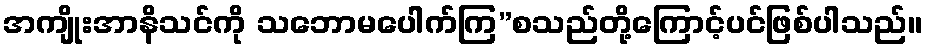
အကျိုးအာနိသင်ကို သဘောမပေါက်ကြ”စသည်တို့ကြောင့်ပင်ဖြစ်ပါသည်။